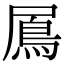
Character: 䲩